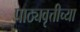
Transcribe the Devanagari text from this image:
पाठ्यवृत्तीच्या